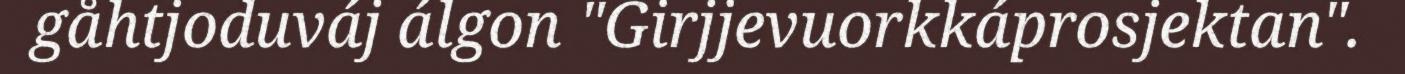
gåhtjoduváj álgon "Girjjevuorkkáprosjektan".